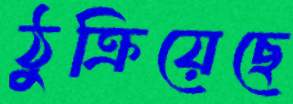
ঠুক্‌রিয়েছে